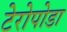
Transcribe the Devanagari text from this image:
टेरोपोडा